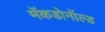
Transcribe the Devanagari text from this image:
मॅकडोनॉल्ड